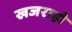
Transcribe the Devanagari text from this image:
खजराहो